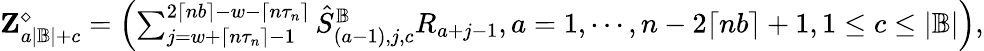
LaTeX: \begin{array}{r}{\mathbf Z_{a|\mathbb{B}|+c}^{\diamond}=\left(\sum_{j=w+\lceil n\tau_{n}\rceil-1}^{2\lceil nb\rceil-w-\lceil n\tau_{n}\rceil}\hat{S}_{(a-1),j,c}^{\mathbb{B}}R_{a+j-1},a=1,\cdots,n-2\lceil nb\rceil+1,1\leq c\leq|\mathbb{B}|\right),}\end{array}